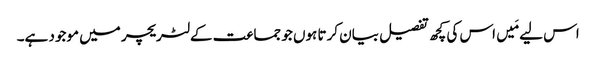
اس لیے مَیں اس کی کچھ تفصیل بیان کرتا ہوں جو جماعت کے لٹریچر میں موجود ہے۔